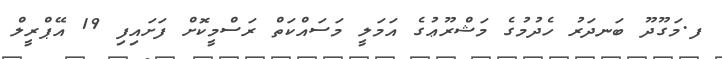
ފ.މަގޫދޫ ބަނދަރު ހެދުމުގެ މަޝްރޫޢުގެ އަމަލީ މަސައްކަތް ރަސްމީކޮށް ފަށައިފި 19 އޭޕްރީލް